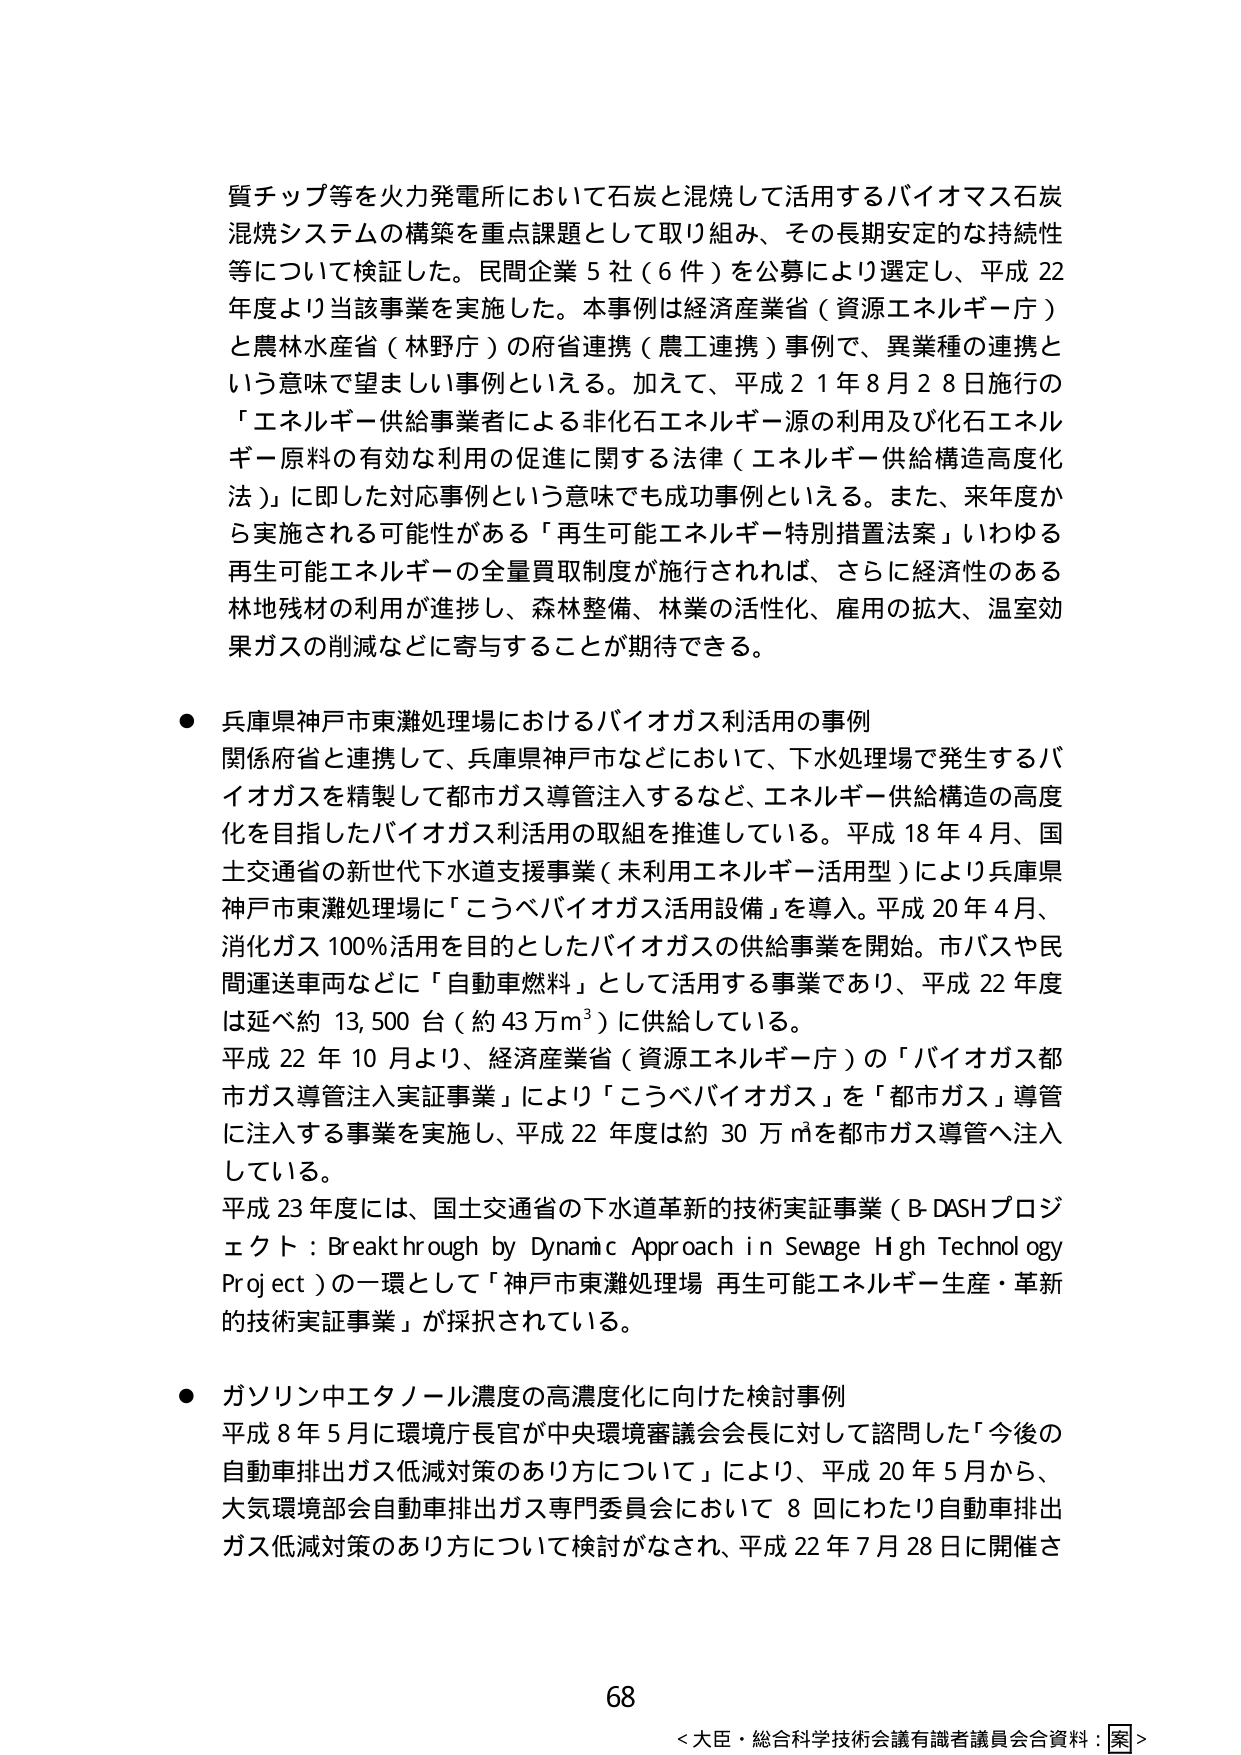
質チップ等を火力発電所において石炭と混焼して活用するバイオマス石炭混焼システムの構築を重点課題として取り組み、その長期安定的な持続性等について検証した。民間企業５社（６件）を公募により選定し、平成22年度より当該事業を実施した。本事例は経済産業省（資源エネルギー庁）と農林水産省（林野庁）の府省連携（農工連携）事例で、異業種の連携という意味で望ましい事例といえる。加えて、平成21年8月28日施行の「エネルギー供給事業者による非化石エネルギー源の利用及び化石エネルギー原料の有効な利用の促進に関する法律（エネルギー供給構造高度化法）」に即した対応事例という意味でも成功事例といえる。また、来年度から実施される可能性がある「再生可能エネルギー特別措置法案」いわゆる再生可能エネルギーの全量買取制度が施行されれば、さらに経済性のある林地残材の利用が進捗し、森林整備、林業の活性化、雇用の拡大、温室効果ガスの削減などに寄与することが期待できる。

● 兵庫県神戸市東灘処理場におけるバイオガス利活用の事例
関係府省と連携して、兵庫県神戸市などにおいて、下水処理場で発生するバイオガスを精製して都市ガス導管注入するなど、エネルギー供給構造の高度化を目指したバイオガス利活用の取組を推進している。平成18年4月、国土交通省の新世代下水道支援事業（未利用エネルギー活用型）により兵庫県神戸市東灘処理場に「こうべバイオガス活用設備」を導入。平成20年4月、消化ガス100％活用を目的としたバイオガスの供給事業を開始。市バスや民間運送車両などに「自動車燃料」として活用する事業であり、平成22年度は延べ約13,500台（約43万m³）に供給している。
平成22年10月より、経済産業省（資源エネルギー庁）の「バイオガス都市ガス導管注入実証事業」により「こうべバイオガス」を「都市ガス」導管に注入する事業を実施し、平成22年度は約30万㎥を都市ガス導管へ注入している。
平成23年度には、国土交通省の下水道革新的技術実証事業（B-DASHプロジェクト：Breakthrough by Dynamic Approach in Sewage High Technology Project）の一環として「神戸市東灘処理場 再生可能エネルギー生産・革新的技術実証事業」が採択されている。

● ガソリン中エタノール濃度の高濃度化に向けた検討事例
平成8年5月に環境庁長官が中央環境審議会会長に対して諮問した「今後の自動車排出ガス低減対策のあり方について」により、平成20年5月から、大気環境部会自動車排出ガス専門委員会において8回にわたり自動車排出ガス低減対策のあり方について検討がなされ、平成22年7月28日に開催さ

68
＜大臣・総合科学技術会議有識者議員会合資料：案＞